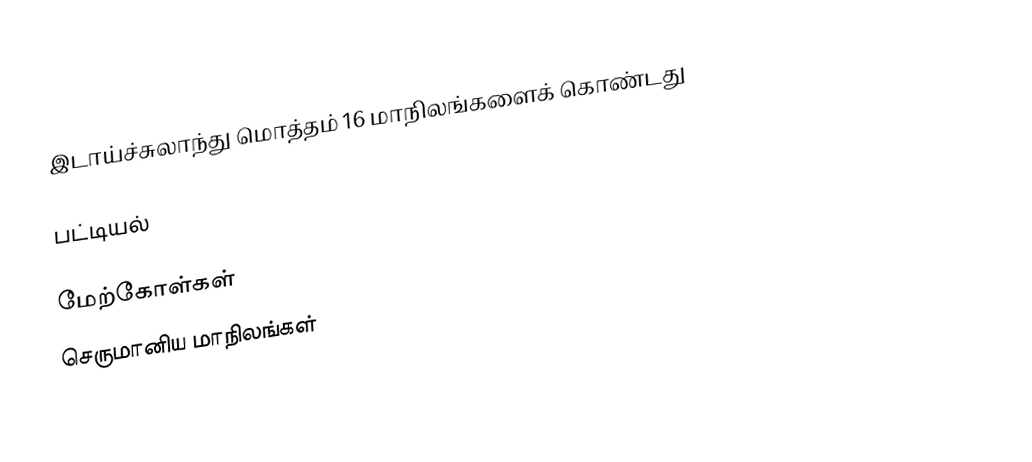
இடாய்ச்சுலாந்து மொத்தம் 16 மாநிலங்களைக் கொண்டது

பட்டியல்

மேற்கோள்கள்
செருமானிய மாநிலங்கள்